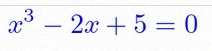
x^3-2x+5=0